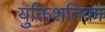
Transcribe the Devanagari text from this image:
युक्तिशतिका